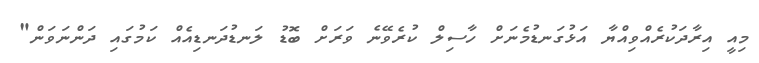
މިއީ އިރާދަކުރެއްވިއްޔާ އަޅުގަނޑުމެނަށް ހާސިލް ކުރެވޭނެ ވަރަށް ބޮޑު ލަނޑުދަނޑިއެއް ކަމުގައި ދަންނަވަން"